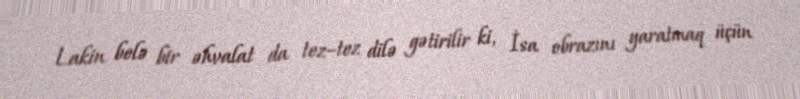
Lakin belə bir əhvalat da tez–tez dilə gətirilir ki, İsa obrazını yaratmaq üçün